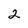
Character: 2